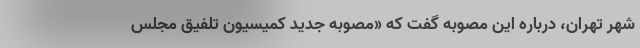
شهر تهران، درباره این مصوبه گفت که «مصوبه جدید کمیسیون تلفیق مجلس